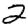
Digit: 2